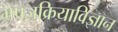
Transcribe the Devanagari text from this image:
भेषजक्रियाविज्ञान